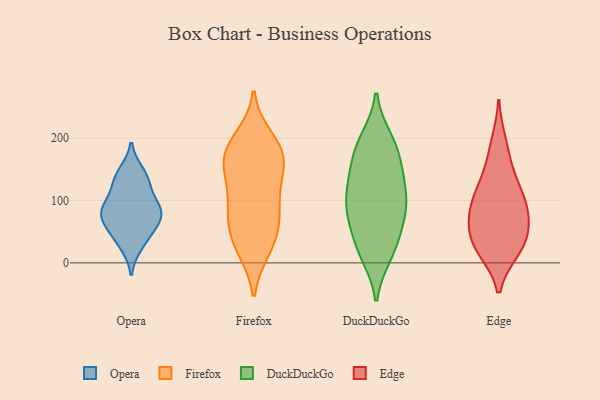
{"axis": {"x": "Humidity (%)", "y": "Value"}, "legend": ["DuckDuckGo", "Edge", "Firefox", "Opera"], "data": [{"x": "", "y": 29, "type": "Opera"}, {"x": "", "y": 85, "type": "Opera"}, {"x": "", "y": 129, "type": "Opera"}, {"x": "", "y": 95, "type": "Opera"}, {"x": "", "y": 82, "type": "Opera"}, {"x": "", "y": 75, "type": "Opera"}, {"x": "", "y": 132, "type": "Opera"}, {"x": "", "y": 144, "type": "Opera"}, {"x": "", "y": 59, "type": "Opera"}, {"x": "", "y": 79, "type": "Opera"}, {"x": "", "y": 43, "type": "Opera"}, {"x": "", "y": 69, "type": "Firefox"}, {"x": "", "y": 85, "type": "Firefox"}, {"x": "", "y": 184, "type": "Firefox"}, {"x": "", "y": 182, "type": "Firefox"}, {"x": "", "y": 133, "type": "Firefox"}, {"x": "", "y": 33, "type": "Firefox"}, {"x": "", "y": 24, "type": "Firefox"}, {"x": "", "y": 200, "type": "Firefox"}, {"x": "", "y": 77, "type": "Firefox"}, {"x": "", "y": 22, "type": "Firefox"}, {"x": "", "y": 141, "type": "Firefox"}, {"x": "", "y": 177, "type": "Firefox"}, {"x": "", "y": 163, "type": "Firefox"}, {"x": "", "y": 115, "type": "Firefox"}, {"x": "", "y": 69, "type": "Firefox"}, {"x": "", "y": 165, "type": "Firefox"}, {"x": "", "y": 134, "type": "DuckDuckGo"}, {"x": "", "y": 148, "type": "DuckDuckGo"}, {"x": "", "y": 20, "type": "DuckDuckGo"}, {"x": "", "y": 198, "type": "DuckDuckGo"}, {"x": "", "y": 69, "type": "DuckDuckGo"}, {"x": "", "y": 189, "type": "DuckDuckGo"}, {"x": "", "y": 13, "type": "DuckDuckGo"}, {"x": "", "y": 32, "type": "DuckDuckGo"}, {"x": "", "y": 181, "type": "DuckDuckGo"}, {"x": "", "y": 72, "type": "DuckDuckGo"}, {"x": "", "y": 137, "type": "DuckDuckGo"}, {"x": "", "y": 99, "type": "DuckDuckGo"}, {"x": "", "y": 95, "type": "DuckDuckGo"}, {"x": "", "y": 93, "type": "DuckDuckGo"}, {"x": "", "y": 194, "type": "Edge"}, {"x": "", "y": 34, "type": "Edge"}, {"x": "", "y": 85, "type": "Edge"}, {"x": "", "y": 20, "type": "Edge"}, {"x": "", "y": 123, "type": "Edge"}, {"x": "", "y": 87, "type": "Edge"}, {"x": "", "y": 26, "type": "Edge"}, {"x": "", "y": 78, "type": "Edge"}, {"x": "", "y": 164, "type": "Edge"}, {"x": "", "y": 103, "type": "Edge"}, {"x": "", "y": 125, "type": "Edge"}, {"x": "", "y": 20, "type": "Edge"}, {"x": "", "y": 57, "type": "Edge"}, {"x": "", "y": 56, "type": "Edge"}]}